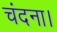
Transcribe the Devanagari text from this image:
चंदना।